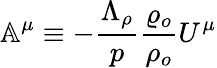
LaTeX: \mathbb{A}^{\mu}\equiv-\frac{\Lambda_{\rho}}{p}\frac{\varrho_{o}}{\rho_{o}}U^{\mu}